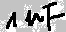
Text: 1µF